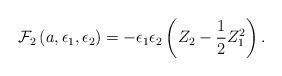
LaTeX: \begin{align*}{\cal F}_2\left(a, \epsilon_1,\epsilon_2\right)=-\epsilon_1 \epsilon_2 \left( Z_2-\frac{1}{2} Z_1^2\right).\end{align*}